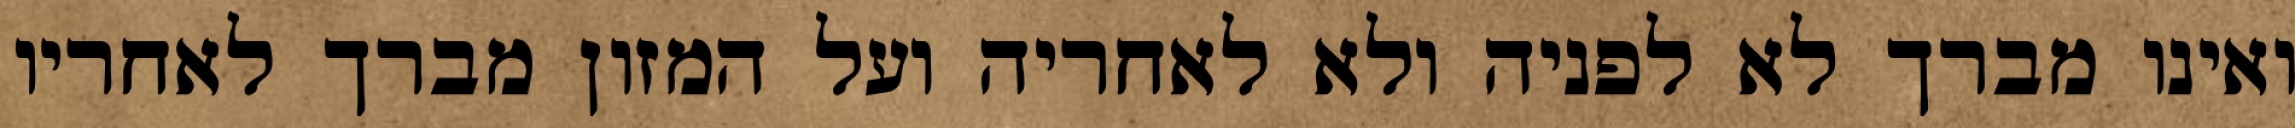
ואינו מברך לא לפניה ולא לאחריה ועל המזון מברך לאחריו